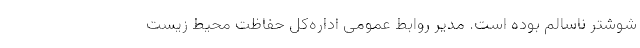
شوشتر ناسالم بوده است. مدیر روابط عمومی اداره‌کل حفاظت محیط زیست